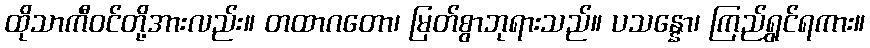
ထိုသာကီဝင်တို့အားလည်း။ တထာဂတော၊ မြတ်စွာဘုရားသည်။ ပသန္နော၊ ကြည်ရွှင်ရကား။